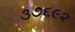
૩૭૬૯૨